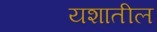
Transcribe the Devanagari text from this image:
यशातील